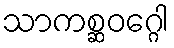
သာကစ္ဆဝဂ္ဂေါ